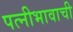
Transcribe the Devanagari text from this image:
पत्नीभावाची